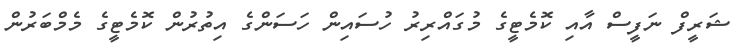
ޝަރީފް ނަފީސް އާއި ކޮމެޓީގެ މުގައްރިރު ހުސައިން ހަސަންގެ އިތުރުން ކޮމެޓީގެ މެމްބަރުން